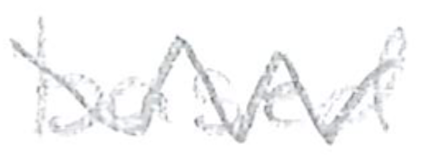
Text: based
Cross-out: zig-zag
Writing tool: pencil